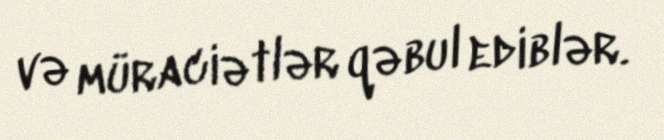
və müraciətlər qəbul ediblər.